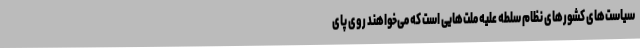
سیاست‌های کشورهای نظام سلطه علیه ملت‌هایی است که می‌خواهند روی پای